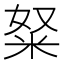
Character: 𱸺